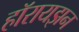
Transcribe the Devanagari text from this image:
हॉरायझन